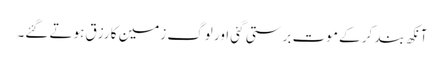
آنکھ بند کر کے موت برستی گئی اور لوگ زمین کا رزق ہوتے گئے۔